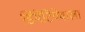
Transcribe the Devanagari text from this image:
डिमेंटियेवाला